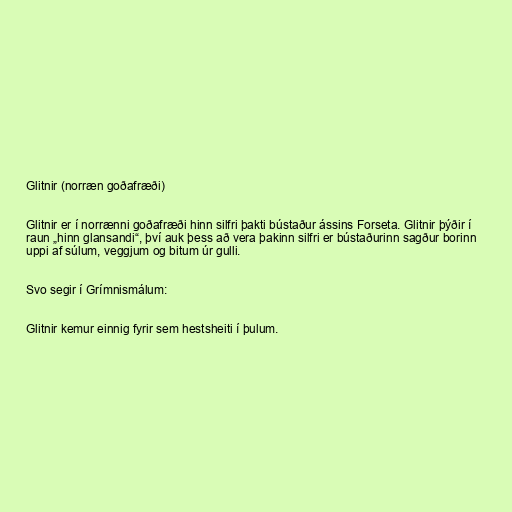
Glitnir (norræn goðafræði)

Glitnir er í norrænni goðafræði hinn silfri þakti bústaður ássins Forseta. Glitnir þýðir í
raun „hinn glansandi“, því auk þess að vera þakinn silfri er bústaðurinn sagður borinn
uppi af súlum, veggjum og bitum úr gulli.

Svo segir í Grímnismálum:

Glitnir kemur einnig fyrir sem hestsheiti í þulum.